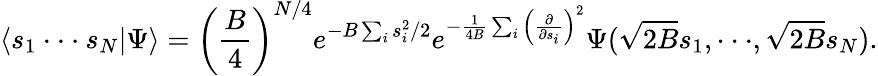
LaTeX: \langle s_{1}\cdot\cdot\cdot s_{N}|\Psi\rangle=\left({\frac{B}{4}}\right)^{N/4}e^{-B\sum_{i}s_{i}^{2}/2}e^{-{\frac{1}{4B}}\sum_{i}\left({\frac{\partial}{\partial s_{i}}}\right)^{2}}\Psi(\sqrt{2B}s_{1},\cdot\cdot\cdot,\sqrt{2B}s_{N}).